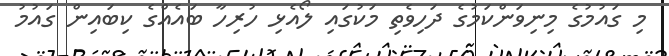
މި ގައުމުގެ މިނިވަންކަމުގެ ދަހިވެތި މަކުގައި ލޯއެޅި ހުރިހާ ބައެއްގެ ކިބައިން ގައުމު